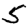
Digit: 5